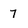
Character: 7